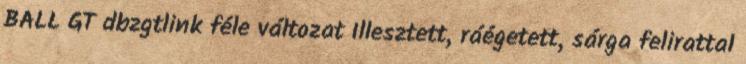
BALL GT dbzgtlink féle változat Illesztett, ráégetett, sárga felirattal